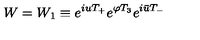
W = W _ { 1 } \equiv e ^ { i u T _ { + } } e ^ { \varphi T _ { 3 } } e ^ { i \bar { u } T _ { - } }